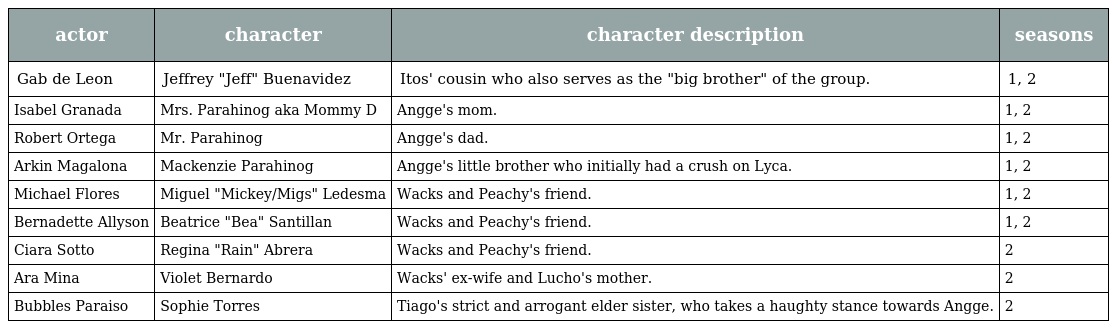
| actor | character | character description | seasons |
 | --- | --- | --- | --- |
 | Gab de Leon | Jeffrey "Jeff" Buenavidez | Itos' cousin who also serves as the "big brother" of the group. | 1, 2 |
 | Isabel Granada | Mrs. Parahinog aka Mommy D | Angge's mom. | 1, 2 |
 | Robert Ortega | Mr. Parahinog | Angge's dad. | 1, 2 |
 | Arkin Magalona | Mackenzie Parahinog | Angge's little brother who initially had a crush on Lyca. | 1, 2 |
 | Michael Flores | Miguel "Mickey/Migs" Ledesma | Wacks and Peachy's friend. | 1, 2 |
 | Bernadette Allyson | Beatrice "Bea" Santillan | Wacks and Peachy's friend. | 1, 2 |
 | Ciara Sotto | Regina "Rain" Abrera | Wacks and Peachy's friend. | 2 |
 | Ara Mina | Violet Bernardo | Wacks' ex-wife and Lucho's mother. | 2 |
 | Bubbles Paraiso | Sophie Torres | Tiago's strict and arrogant elder sister, who takes a haughty stance towards Angge. | 2 |